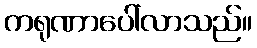
ကရုဏာပေါ်လာသည်။